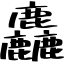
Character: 麤